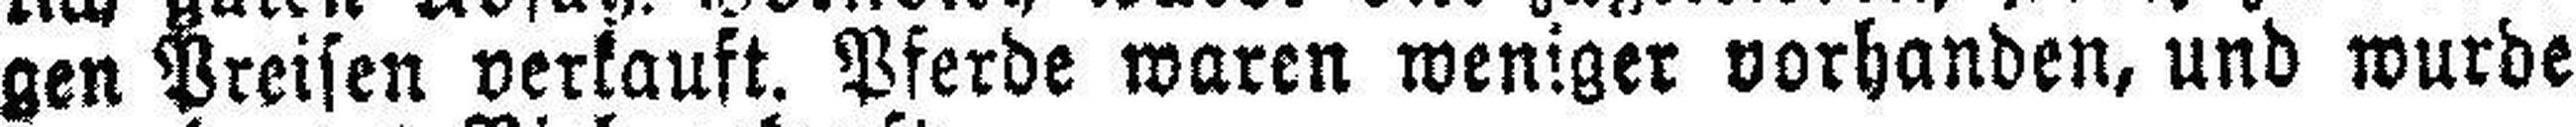
gen Preisen verkauft. Pferde waren weniger vorhanden, und wurde